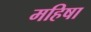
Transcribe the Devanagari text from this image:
महिषा